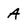
Character: A